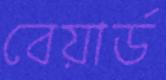
বেয়ার্ড